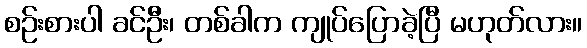
စဉ်းစားပါ ခင်ဦး၊ တစ်ခါက ကျုပ်ပြောခဲ့ပြီ မဟုတ်လား။